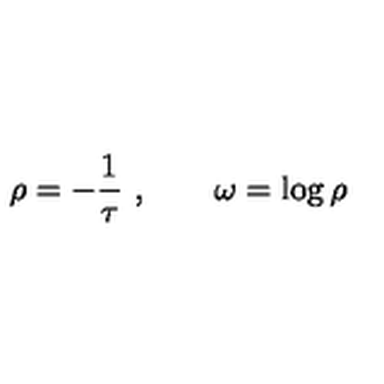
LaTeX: \rho = - { \frac { 1 } { \tau } } \ , \qquad \omega = \log \rho